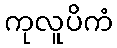
ကုလူပိကံ